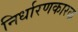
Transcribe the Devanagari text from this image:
निर्धारणकारक